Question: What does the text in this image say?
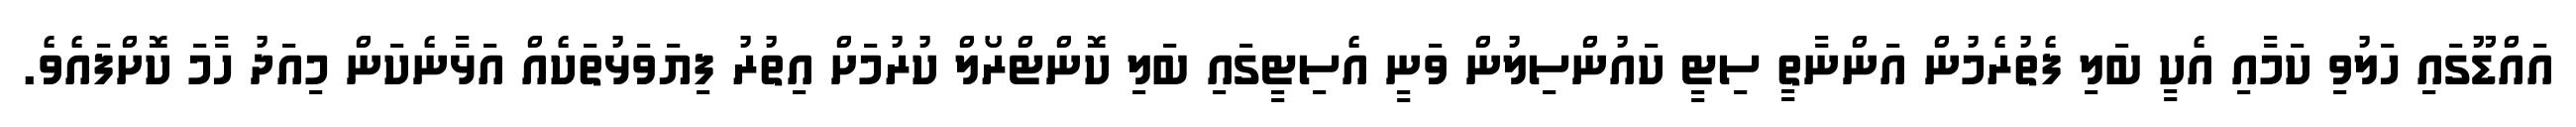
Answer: އައްޑޫގައި ހަލުވި ކަމާއި އެކީ ބަލި ފެތުރެމުން އަންނާތީ ސިޓީ ކައުންސިލުން ވަނީ އެސިޓީގައި ބަލި ކޮންޓްރޯލް ކުރުމަށް އިތުރު ފިޔަވަޅުތަކެއް އަޅާނެކަން މިއަދު ހާމަ ކޮށްފައެވެ.